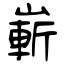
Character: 嶄